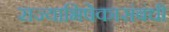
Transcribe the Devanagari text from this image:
राज्याभिषेकासंबंधी